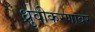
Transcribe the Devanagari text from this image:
ध्रुवीकरणावर